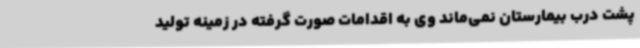
پشت درب بیمارستان نمی‌ماند وی به اقدامات صورت گرفته در زمینه تولید